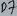
Text: D7